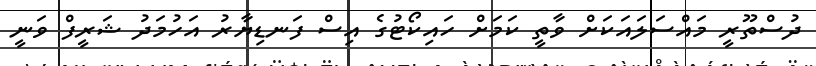
ދުސްތޫރީ މައްސަލައަކަށް ވާތީ ކަމަށް ހައިކޯޓުގެ އިސް ފަނޑިޔާރު އަހުމަދު ޝަރީފް ވަނީ